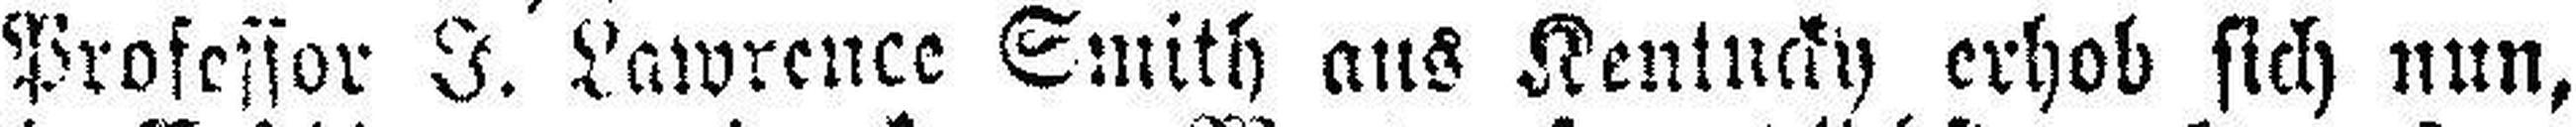
Professor J. Lawrence Smith aus Kentucky erhob sich nun,